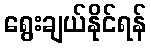
ရွေးချယ်နိုင်ရန်